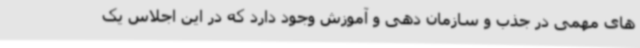
های مهمی در جذب و سازمان دهی و آموزش وجود دارد که در این اجلاس یک